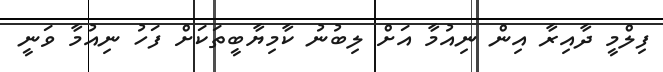
ފިލްމީ ދާއިރާ އިން ނިއުމާ އަށް ލިބުނު ކާމިޔާބީތަކަށް ފަހު ނިއުމާ ވަނީ